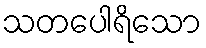
သတပေါရိသော